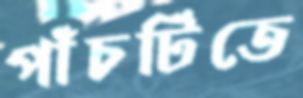
পাঁচটিতে